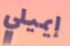
إيميلي